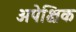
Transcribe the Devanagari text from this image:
अपेक्षिक